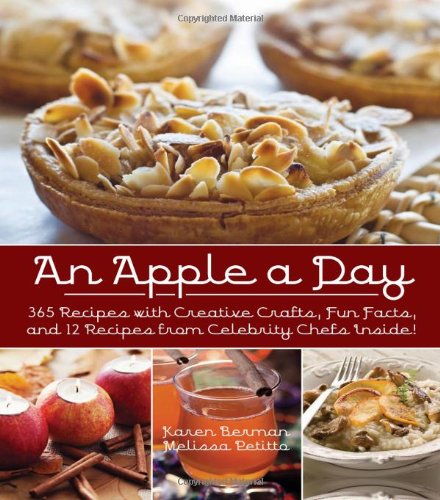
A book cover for An Apple A Day: 365 Recipes with Creative Crafts, Fun Facts, and 12 Recipes from Celebrity Chefs Inside!; Karen Berman; Cookbooks, Food & Wine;